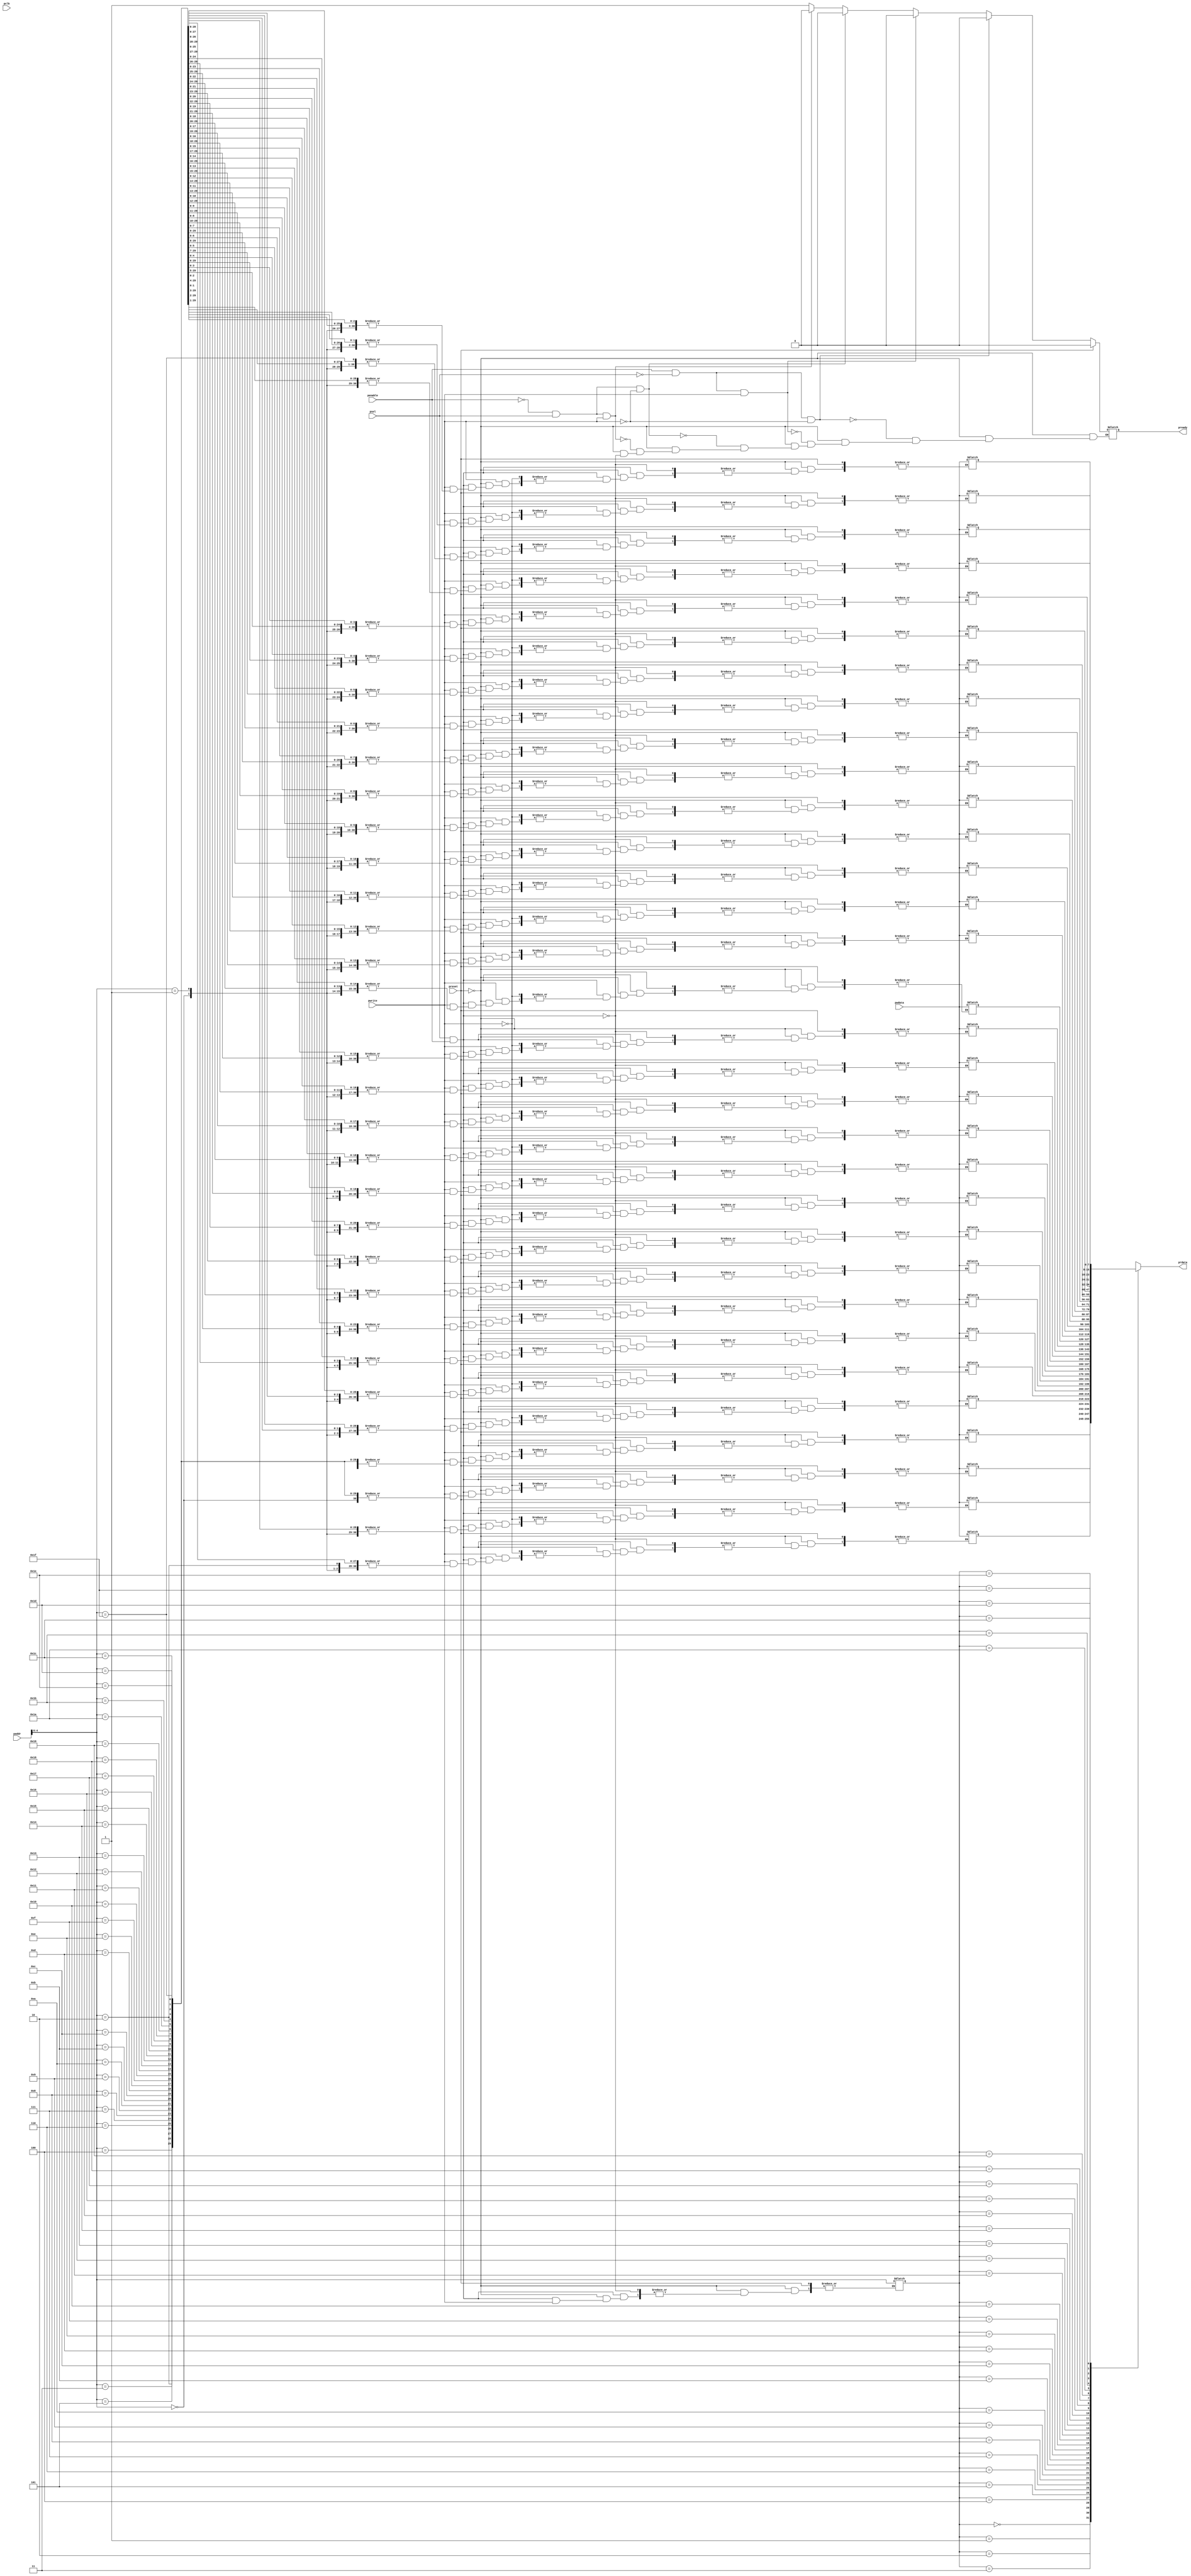
module slave1(
	input pclk,preset, //signals from the TOP
	input pwrite,penable,psel,
	input [7:0] paddr,
	input [7:0] pwdata,
	output reg pready,
	output [7:0] prdata
);

reg [7:0] mem [0:31];
reg [7:0] paddr1;

assign prdata=mem[paddr1];


always@(*) 
begin
	if(preset) 
		pready=0;
		
	else
	begin
		if(psel&&penable)
		begin
			if(pwrite)
			begin	
				pready=1;
				mem[paddr]=pwdata;
			end
			else if(!pwrite)
			begin
				pready=1;
				paddr1=paddr;
			end
		end
		
			

		if(!penable&&psel&&pwrite) 
		begin
			pready=0;
		end

		if(!penable&&psel&&!pwrite)
		begin
			pready=0;
		end

		if(penable&&!psel&&pwrite)
		begin
			pready=0;
		end

		if(penable&&!psel&&!pwrite)
		begin
			pready=0;
		end

	end
end
endmodule